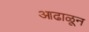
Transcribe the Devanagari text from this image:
आढाळून